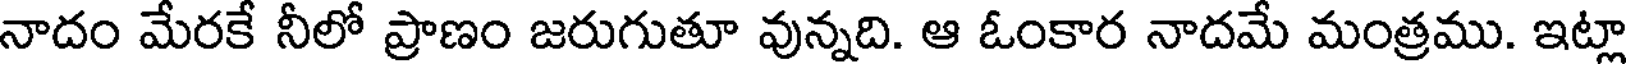
నాదం మేరకే నీలో ప్రాణం జరుగుతూ వున్నది. ఆ ఓంకార నాదమే మంత్రము. ఇట్లా